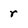
Character: r